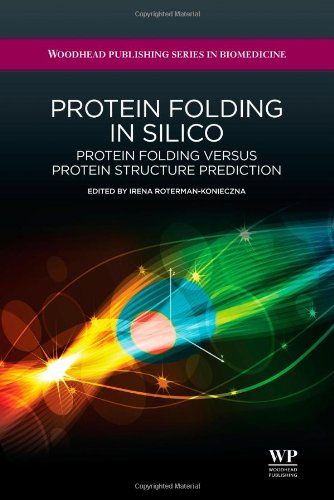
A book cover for Protein Folding in Silico: Protein Folding Versus Protein Structure Prediction (Woodhead Publishing Series in Biomedicine); Business & Money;